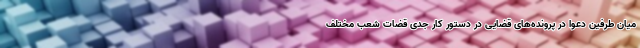
میان طرفین دعوا در پرونده‌های قضایی در دستور کار جدی قضات شعب مختلف